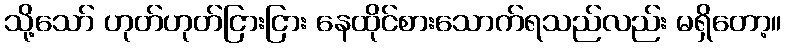
သို့သော် ဟုတ်ဟုတ်ငြားငြား နေထိုင်စားသောက်ရသည်လည်း မရှိတော့။